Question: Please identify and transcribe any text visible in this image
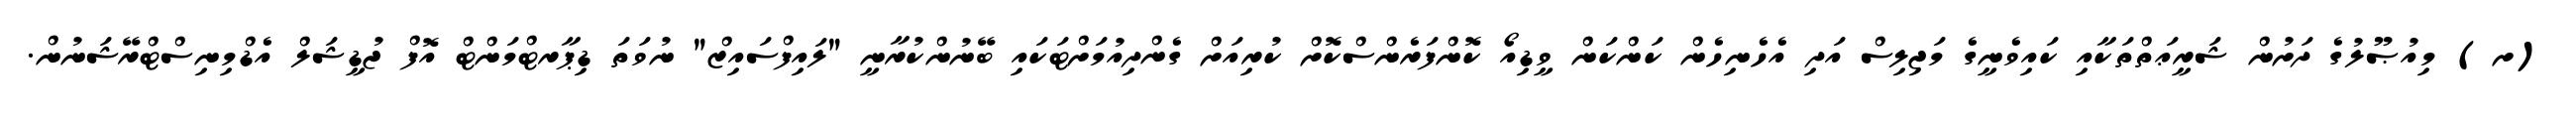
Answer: (ށ) މިއުޞޫލުގެ ދަށުން ޝަރީޢަތްތަކާއި ކައިވެނީގެ މަޖިލިސް އަދި އެހެނިހެން ކަންކަން ވީޑިއޯ ކޮންފަރެންސްކޮށް ކުރިއަށް ގެންދިއުމަށްޓަކައި ބޭނުންކުރާނީ "ލައިފްސައިޒް" ނުވަތަ ޑިޕާރޓްމަންޓް އޮފް ޖުޑީޝަލް އެޑްމިނިސްޓްރޭޝަނުން.